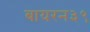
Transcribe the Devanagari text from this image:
बायरन३९